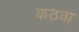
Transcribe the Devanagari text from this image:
कठवा